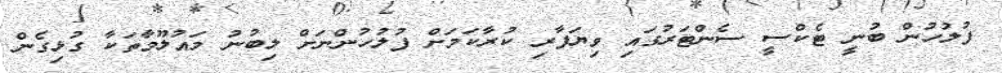
ފުލުހުން ބުނީ ޓެކްސީ ސެންޓަރުގައި ވިޔަފާރި ކުރާކަމަށް ފުލުހުންނަށް ލިބުނު މައުލޫމާތަކާ ގުޅިގެން